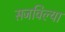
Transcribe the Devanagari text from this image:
सजविल्या